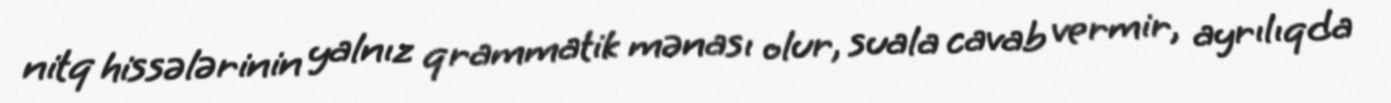
nitq hissələrinin yalnız qrammatik mənası olur, suala cavab vermir, ayrılıqda